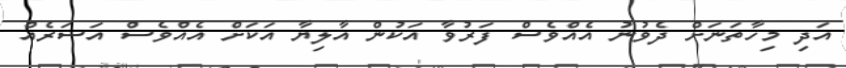
އަދި މިހާތަނަށް ދެވުނު އެއްވެސް ފަރުވާ އަކުން އާލިޔާ އަކަށް އެއްވެސް އަސަރެއް